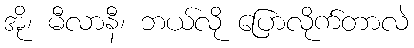
အို၊ မီလာနီ၊ ဘယ်လို ပြောလိုက်တာလဲ